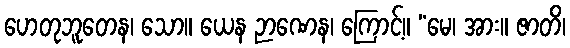
ဟေတုဘူတေန၊ သော။ ယေန ဉာဏေန၊ ကြောင့်။ “မေ၊ အား။ ဇာတိ၊